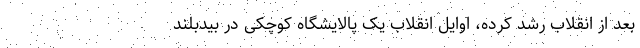
بعد از انقلاب رشد کرده، اوایل انقلاب یک پالایشگاه کوچکی در بیدبلند